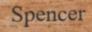
Spencer